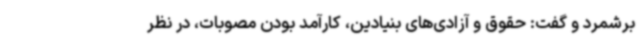
برشمرد و گفت: حقوق و آزادی‌های بنیادین، کارآمد بودن مصوبات، در نظر